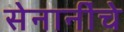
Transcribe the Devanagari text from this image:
सेनानींचे